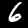
Digit: 6